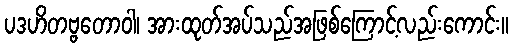
ပဒဟိတဗ္ဗတောဝါ၊ အားထုတ်အပ်သည်အဖြစ်ကြောင့်လည်းကောင်း။